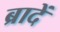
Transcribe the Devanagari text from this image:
ब्रादें